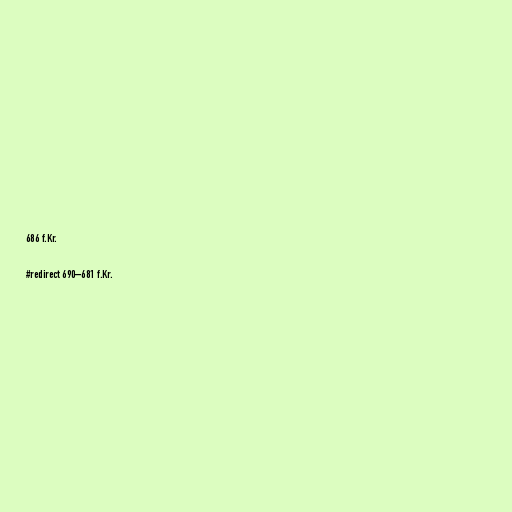
686 f.Kr.

#redirect 690–681 f.Kr.